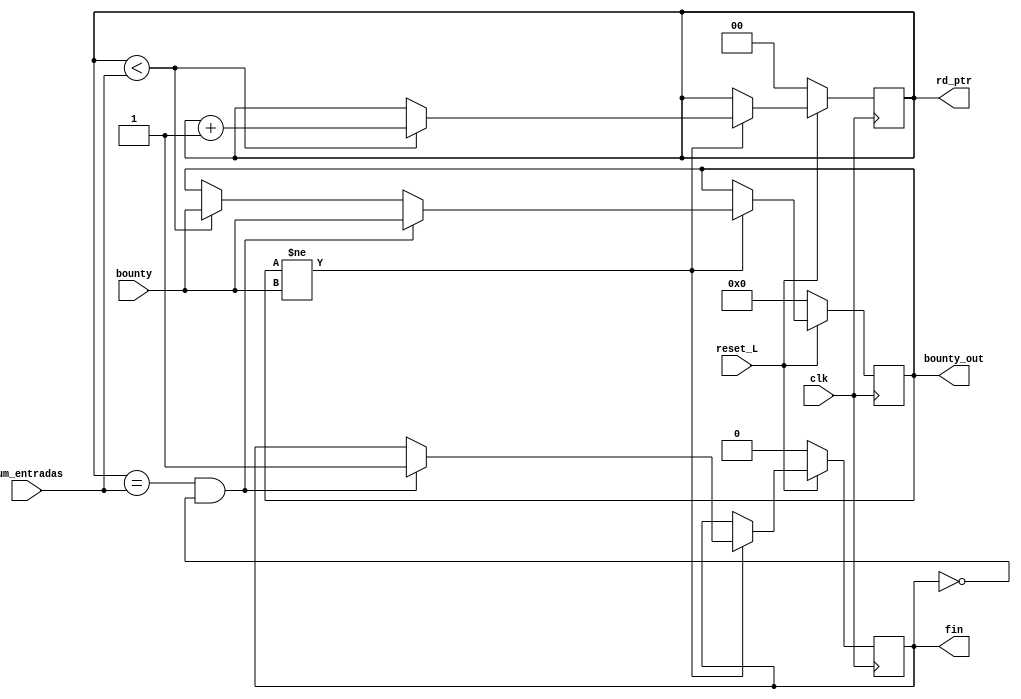
`timescale 1ns / 1ps

module salidas(
    //Entradas
    input                             clk, 
    input                             reset_L,
    input [23:0] bounty,
    input [1:0] num_entradas,  //Mximo ndice de la cantidad de entradas a descifrar
    output reg [1:0]            rd_ptr,
    output reg [23:0] bounty_out,
    output reg fin
);

    always@(posedge clk) begin
        
        if ( reset_L == 0 )begin
            rd_ptr <= 0;
            bounty_out <= 0;
            fin <= 0;
        
        end
        else begin
            if (bounty_out != bounty) begin
                if (rd_ptr < num_entradas) begin
                    rd_ptr <= rd_ptr + 1;
                    bounty_out <= bounty; 
                end
                if (rd_ptr == num_entradas && fin == 0) begin
                    bounty_out <= bounty;
                    fin <= 1;
                end
                    
                
            end           
        end
         
    end

endmodule
// 	//bloque_in [127:0] = 128'h397d9f2f40ca9e6c6b1f3324fded873c;
// 	//bloque_in [127:0] = 128'hed18be0f984ae0e2e3128efe0fa23491;
// 	bloque_in [127:0] = 128'h8855c7ac8b73f8f29701eff1ba0f98b3;